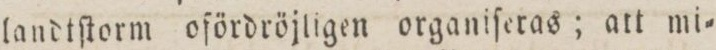
landtſtorm ofördröjligen organiſeras; att mi=